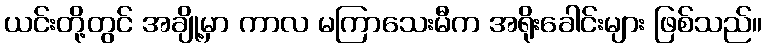
ယင်းတို့တွင် အချို့မှာ ကာလ မကြာသေးမီက အရိုးခေါင်းများ ဖြစ်သည်။